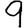
Digit: 9